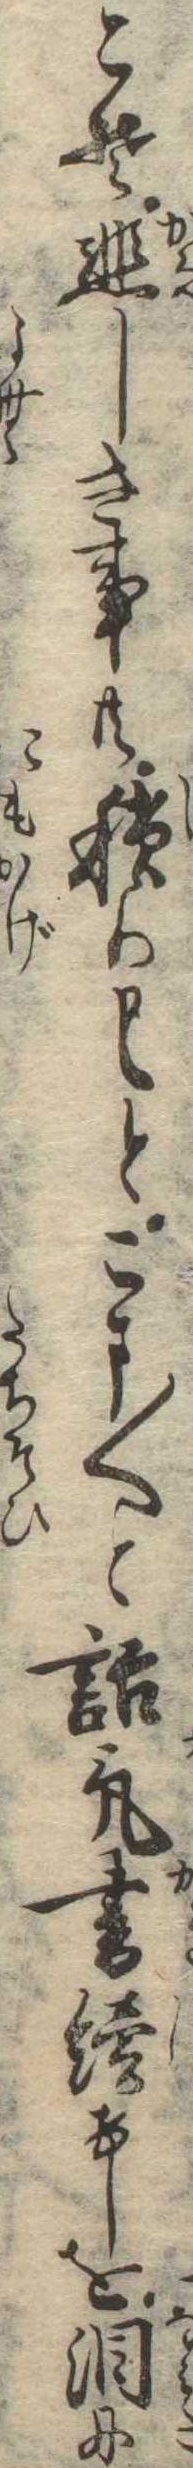
こそ悲しき事共積りとこま〱と話気書続けしを涙に